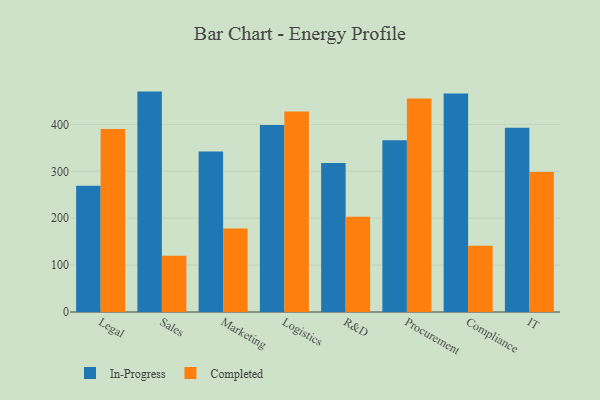
{"axis": {"x": "Department", "y": "Budget (USD K)"}, "legend": ["Completed", "In-Progress"], "data": [{"x": "Legal", "y": 269.4, "type": "In-Progress"}, {"x": "Legal", "y": 390.5, "type": "Completed"}, {"x": "Sales", "y": 470.0, "type": "In-Progress"}, {"x": "Sales", "y": 119.9, "type": "Completed"}, {"x": "Marketing", "y": 342.5, "type": "In-Progress"}, {"x": "Marketing", "y": 177.9, "type": "Completed"}, {"x": "Logistics", "y": 398.9, "type": "In-Progress"}, {"x": "Logistics", "y": 427.6, "type": "Completed"}, {"x": "R&D", "y": 317.5, "type": "In-Progress"}, {"x": "R&D", "y": 203.0, "type": "Completed"}, {"x": "Procurement", "y": 366.0, "type": "In-Progress"}, {"x": "Procurement", "y": 455.1, "type": "Completed"}, {"x": "Compliance", "y": 466.0, "type": "In-Progress"}, {"x": "Compliance", "y": 141.3, "type": "Completed"}, {"x": "IT", "y": 393.0, "type": "In-Progress"}, {"x": "IT", "y": 298.5, "type": "Completed"}]}